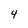
Character: 4